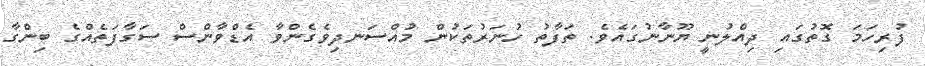
ފުރިހަމަ ގޮތުގައި ދިއްލުނީ ޔޫނާނުގައެވެ. ތަފާތު ހުނަރުތަކުން މުއްސަނދިވެގެންވާ އެޑްވާންސް ސަގާފަތެއްގެ ބިންގާ